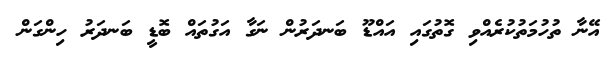
އޭނާ ތުހުމަތުކުރެއްވި ގޮތުގައި އައްްޑޫ ބަނދަރުން ނަގާ އަގުތައް ބޮޑީ ބަނދަރު ހިންގަން